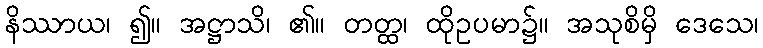
နိဿာယ၊ ၍။ အဋ္ဌာသိ၊ ၏။ တတ္ထ၊ ထိုဥပမာ၌။ အသုစိမှိ ဒေသေ၊